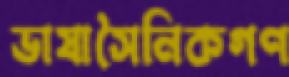
ভাষাসৈনিকগণ